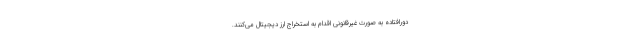
دورافتاده به صورت غیرقانونی اقدام به استخراج ارز دیجیتال می‌کنند.